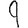
Digit: 9